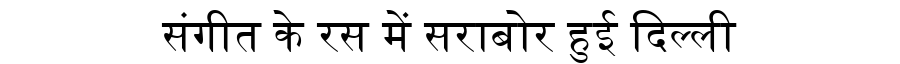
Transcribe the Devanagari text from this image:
संगीत के रस में सराबोर हुई दिल्ली